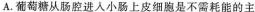
A.葡萄糖从肠腔进入小肠上皮细胞是不需耗能的主